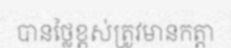
បានថ្លៃខ្ពស់ត្រូវមានកត្តា